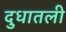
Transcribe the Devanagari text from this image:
दुधातली